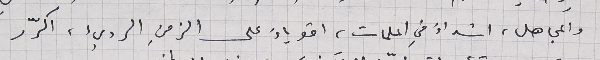
والمجاهل، اشداءَ في الملمات، اقوياءَ على الزمنِ الرديء، اكرّر